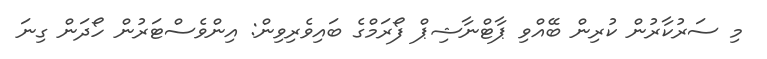
މި ސަރުކާރުން ކުރިން ބޭއްވި ޕާޓްނާޝިޕް ފޯރަމްގެ ބައިވެރިވިން: އިންވެސްޓަރުން ހޯދަން ގިނަ